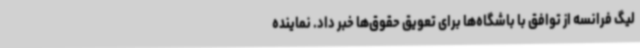
لیگ فرانسه از توافق با باشگاه‌ها برای تعویق حقوق‌ها خبر داد. نماینده